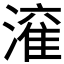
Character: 𱨻